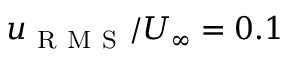
u _ { \mathrm { ~ R ~ M ~ S ~ } } / U _ { \infty } = 0 . 1